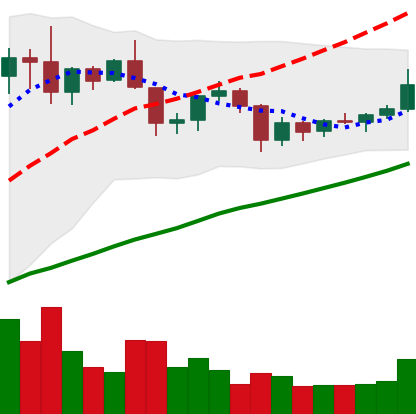
Ticker: XRP-USD
Chart end date: 2019-06-16
Forward return: 3.666%
Label: up_3_5